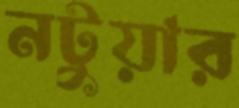
নটুয়ার